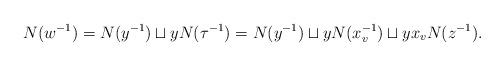
LaTeX: \begin{align*}N(w^{-1}) = N(y^{-1}) \sqcup yN(\tau^{-1}) = N(y^{-1}) \sqcup yN(x_v^{-1})\sqcup yx_v N(z^{-1}).\end{align*}